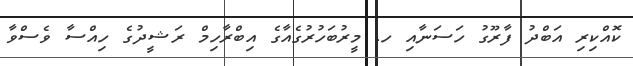
ކޮއްކިރި އަބްދު ފާރޫގު ހަސަނާއި ހ. މީރުބަހުރުގެއާގެ އިބްރާހިމް ރަޝީދުގެ ހިއްސާ ވެސްވާ